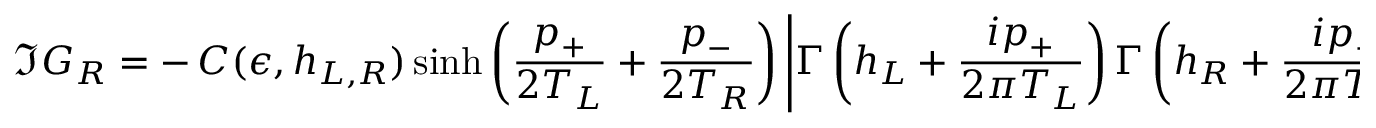
\Im G _ { R } = - \, { \cal C } ( \epsilon , h _ { L , R } ) \sinh { \left( { \frac { p _ { + } } { 2 T _ { L } } } + { \frac { p _ { - } } { 2 T _ { R } } } \right) } \left| \Gamma \left( h _ { L } + { \frac { i p _ { + } } { 2 \pi T _ { L } } } \right) \Gamma \left( h _ { R } + { \frac { i p _ { - } } { 2 \pi T _ { R } } } \right) \right| ^ { 2 } \, ,